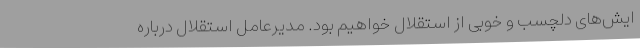
ایش‌های دلچسب و خوبی از استقلال خواهیم بود. مدیرعامل استقلال درباره